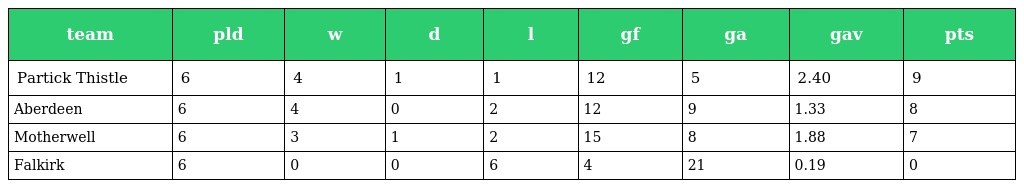
| team | pld | w | d | l | gf | ga | gav | pts |
 | --- | --- | --- | --- | --- | --- | --- | --- | --- |
 | Partick Thistle | 6 | 4 | 1 | 1 | 12 | 5 | 2.40 | 9 |
 | Aberdeen | 6 | 4 | 0 | 2 | 12 | 9 | 1.33 | 8 |
 | Motherwell | 6 | 3 | 1 | 2 | 15 | 8 | 1.88 | 7 |
 | Falkirk | 6 | 0 | 0 | 6 | 4 | 21 | 0.19 | 0 |